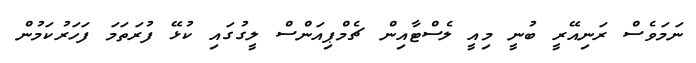
ނަމަވެސް ރަނިއޭރީ ބުނީ މިއީ ލެސްޓާއިން ޗެމްޕިއަންސް ލީގުގައި ކުޅޭ ފުރަތަމަ ފަހަރުކަމުން